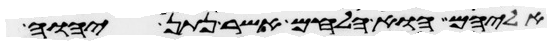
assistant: אליהם הוא הלחם אשר נתן יהוה